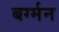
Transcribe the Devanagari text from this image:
बर्ग्मन